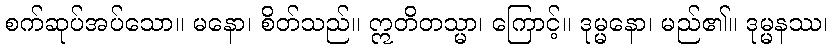
စက်ဆုပ်အပ်သော။ မနော၊ စိတ်သည်။ ဣတိတသ္မာ၊ ကြောင့်။ ဒုမ္မနော၊ မည်၏။ ဒုမ္မနဿ၊